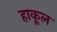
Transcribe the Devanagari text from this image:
हाकूल